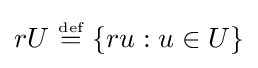
rU~{\stackrel {\scriptscriptstyle {\text{def}}}{=}}~\{ru:u\in U\}